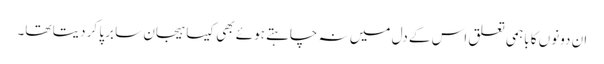
ان دونوں کا باہمی تعلق اس کے دل میں نہ چاہتے ہوئے بھی کیسا ہیجان سا برپا کر دیتا تھا۔